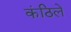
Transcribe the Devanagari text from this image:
कंठिले